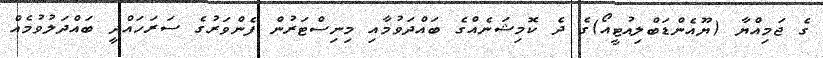
ގެ ޖަމިއްޔާ (ޔޫއެންޑަބްލިއުޓީއޯ)ގެ ދެ ކޮމިޝަނެއްގެ ބައްދަވުމާއި މިނިސްޓަރުން ފެންވަރުގެ ސަރަހައްދީ ބައްދަލުވުމެއް